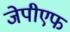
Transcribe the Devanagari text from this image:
जेपीएफ